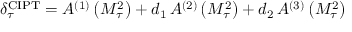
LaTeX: \delta _ { \tau } ^ { \mathrm { C I P T } } = A ^ { ( 1 ) } \left( M _ { \tau } ^ { 2 } \right) + d _ { 1 } \, A ^ { ( 2 ) } \left( M _ { \tau } ^ { 2 } \right) + d _ { 2 } \, A ^ { ( 3 ) } \left( M _ { \tau } ^ { 2 } \right)